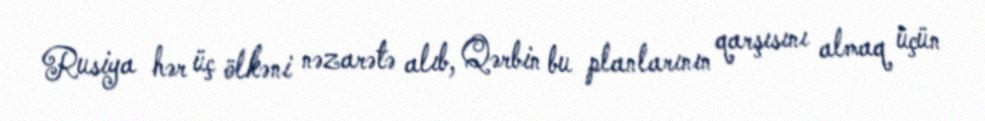
Rusiya hər üç ölkəni nəzarətə alıb, Qərbin bu planlarının qarşısını almaq üçün